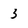
Character: 3